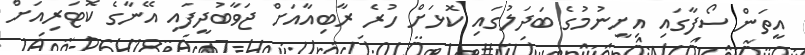
އީތަން ސޯފާގައި އިށީނުމުގެ ބަދަލުގައި ކޮޅަށް ހުރެ ރާބިއާއަށް ޖަވާބުދީފައި އޭނާގެ ކޮޓަރިއަށް